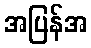
အပြန်အ